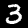
Digit: 3